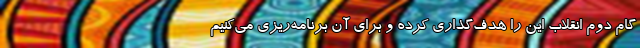
گام دوم انقلاب این را هدف‌گذاری کرده و برای آن برنامه‌ریزی می‌کنیم